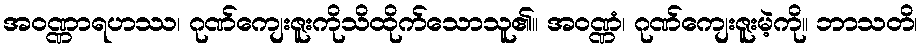
အဝဏ္ဏာရဟဿ၊ ဂုဏ်ကျေးဇူးကိုသိထိုက်သောသူ၏။ အဝဏ္ဏံ၊ ဂုဏ်ကျေးဇူးမဲ့ကို။ ဘာသတိ၊